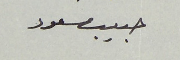
حبيب مسعود